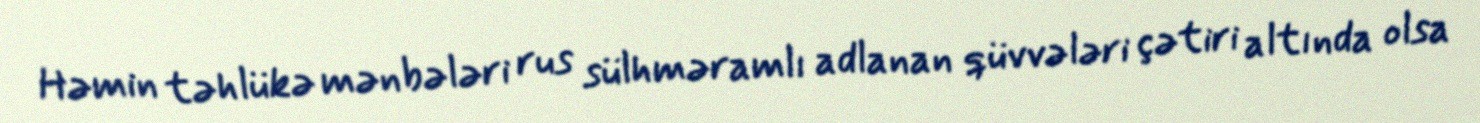
Həmin təhlükə mənbələri rus sülhməramlı adlanan qüvvələri çətiri altında olsa